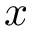
x